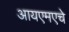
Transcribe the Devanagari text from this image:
आयएमएचे